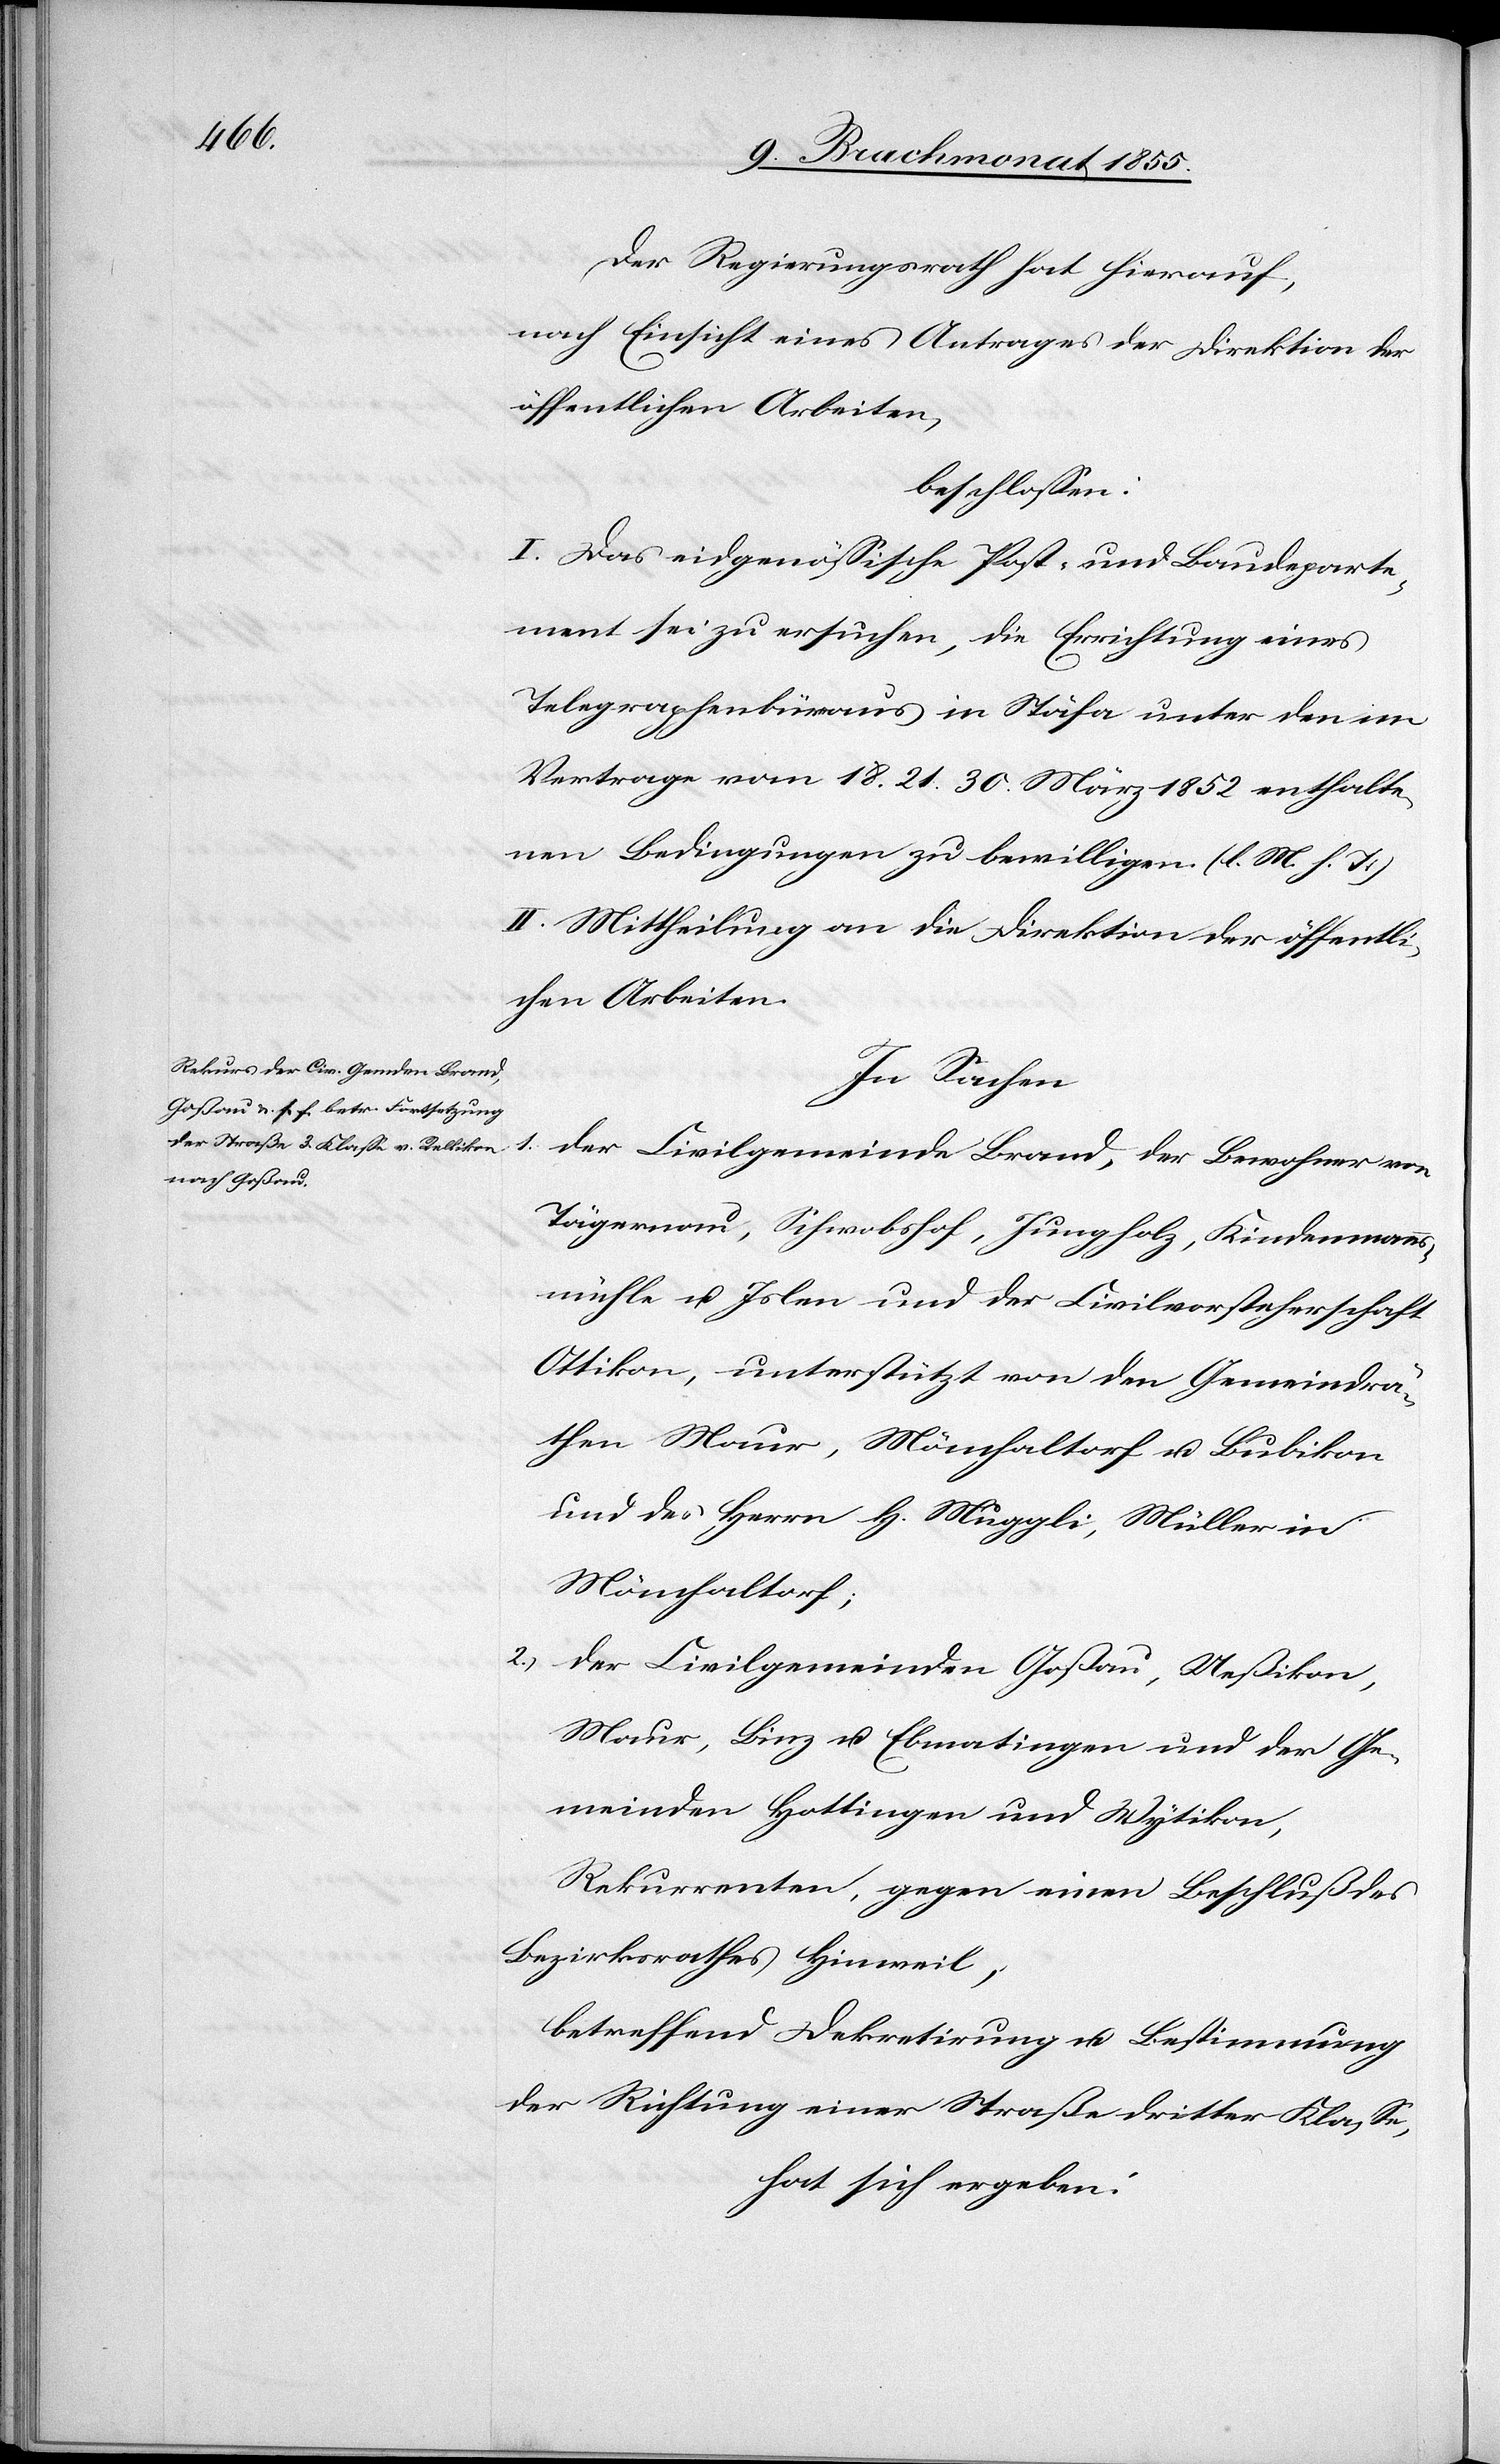
Der Regierungsrath hat hierauf,
nach Einsicht eines Antrages der Direktion der
öffentlichen Arbeiten,
beschlossen:
I. Das eidgenössische Post- und Baudeparte¬
ment sei zu ersuchen, die Errichtung eines
Telegraphenbüreaus in Stäfa unter den im
Vertrage vom 18. 21. 30. März 1852 enthalte¬
nen Bedingungen zu bewilligen. (l. M. h. T.)
II. Mittheilung an die Direktion der öffentli¬
chen Arbeiten.
In Sachen
1.
der Civilgemeinde Brand, der Bewohner von
Tägernau, Schwobshof, Jungholz, Kindenmanns¬
mühle u. Islen und der Civilvorsteherschaft
Ottikon, unterstützt von den Gemeindrä¬
then Maur, Mönchaltorf u. Bubikon
und des Herrn H. Muggli, Müller in
Mönchaltorf;
der Civilgemeinden Goßau, Ueßikon,
Maur, Binz u. Ebmatingen und der Ge¬
meinden Hottingen und Wytikon,
Rekurrenten, gegen einen Beschluß des
Bezirksrathes Hinweil,
betreffend Dekretirung u. Bestimmung
der Richtung einer Straße dritter Klasse,
hat sich ergeben: